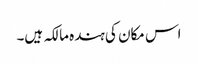
اس مکان کی ہندہ مالکہ ہیں۔